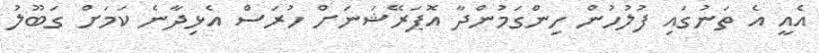
އެއީ އެ ތަނުގައި ފުލުހުން ހިންގަމުންދާ އޮޕަރޭޝަނަށް ހުރަސް އެޅިދާނެ ކަމަށް ގަބޫލު